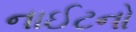
નાઈટનો